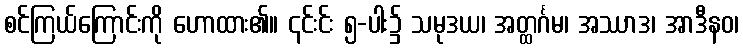
စင်ကြယ်ကြောင်းကို ဟောထား၏။ ၎င်းင်း ၅-ပါး၌ သမုဒယ၊ အတ္ထင်္ဂမ၊ အဿာဒ၊ အာဒီနဝ၊